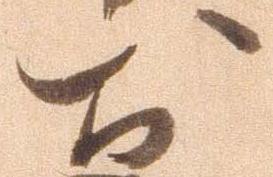
お